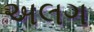
અલગ